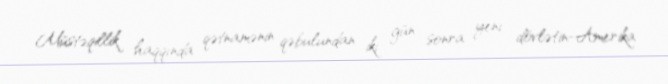
Müstəqillik haqqında qətnamənin qəbulundan iki gün sonra yeni dövlətin-Amerika